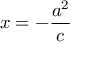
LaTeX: x = - { \frac { a ^ { 2 } } { c } }